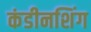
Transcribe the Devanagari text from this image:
कंडीनशिंग